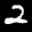
Label: 2